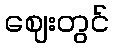
ဈေးတွင်